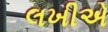
લખીએ